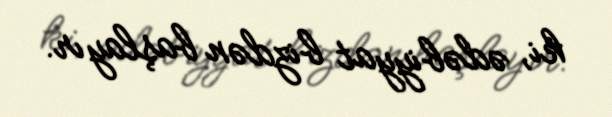
ki, ədəbiyyat bizdən başlayır.